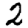
Digit: 2